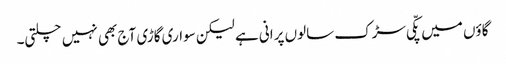
گاؤں میں پکّی سڑک سالوں پرانی ہے لیکن سواری گاڑی آج بھی نہیں چلتی۔